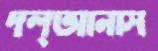
দল্আনাস